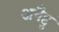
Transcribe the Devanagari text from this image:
अनैद्दु